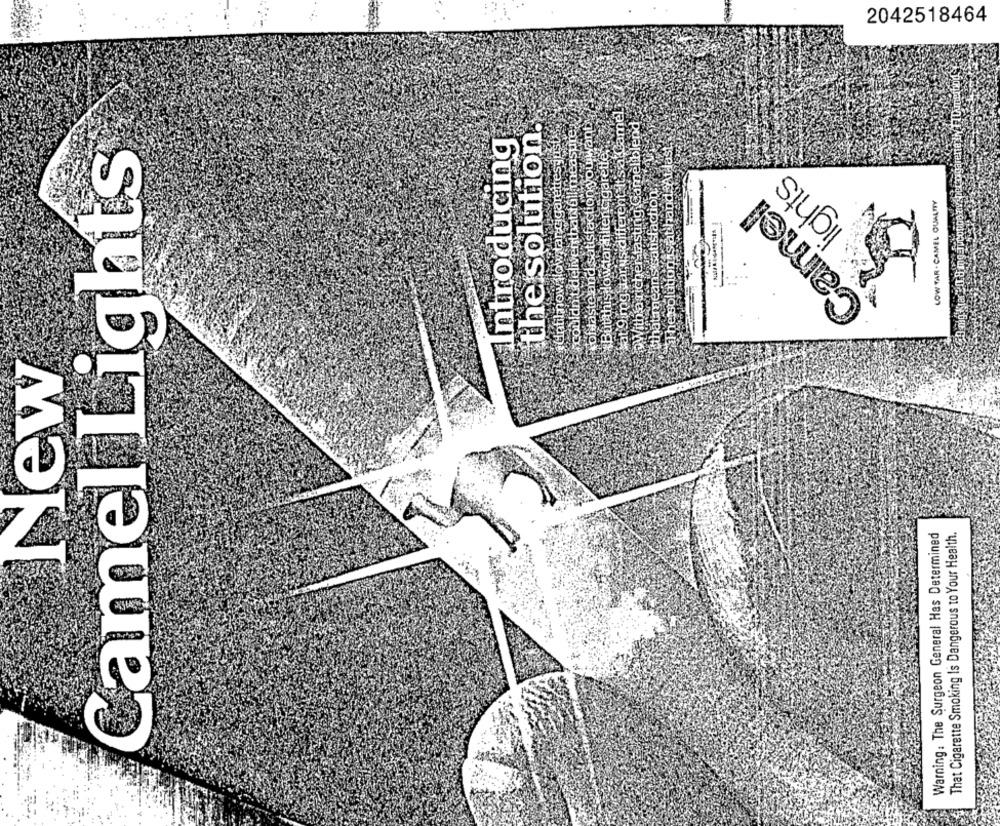
2042518464
sat 9 mg, tarus different It's a Camel
couldn'tdeliventhat toll measure 7
With a richer tasting Camel blend
ofdaste and satisfaction you want
the solution.
But this low tar filtencigarette
he solution s at hand At last.
Introducing
Untilnow low tar cigarettesjust
Camel Lights
ights
thatmeans satisfaction
Camel
LOW TAR . CAMEL QUALITY
-----
New
Warning: The Surgeon General Has Determined
That Cigarette Smoking Is Dangerous to Your Health.